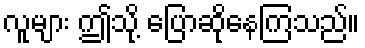
လူများ ဤသို့ ပြောဆိုနေကြသည်။